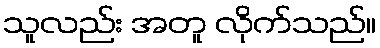
သူလည်း အတူ လိုက်သည်။